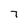
Character: 7